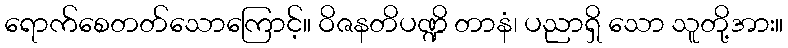
ရောက်စေတတ်သောကြောင့်။ ဝိဇနတိပဏ္ဍိ တာနံ၊ ပညာရှိ သော သူတို့အား။